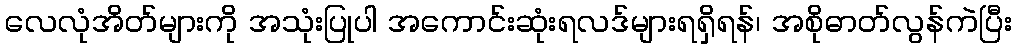
လေလုံအိတ်များကို အသုံးပြုပါ အကောင်းဆုံးရလဒ်များရရှိရန်၊ အစိုဓာတ်လွန်ကဲပြီး